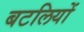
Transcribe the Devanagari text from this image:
बटलियों